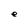
Character: e